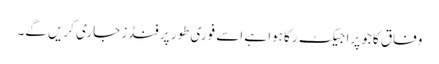
وفاق کا جو پراجیکٹ رکا ہوا ہے اسے فوری طور پر فنڈز جاری کریں گے۔